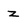
Character: z